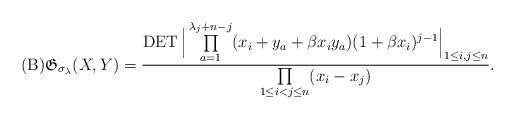
\begin{gather*}({\rm B}) {\mathfrak G}_{\sigma_{\lambda}}(X,Y) ={ \operatorname{DET}\Big| \prod\limits_{a=1}^{\lambda_{j}+n-j} (x_i +y_a + \beta x_i y_a) (1+\beta x_i)^{j-1} \Big|_{1 \le i,j \le n} \over \prod\limits_{1 \le i < j \le n} (x_i-x_j) }.\end{gather*}